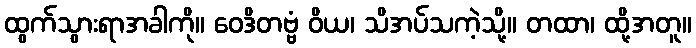
ထွက်သွားရာအခါကို။ ဝေဒိတဗ္ဗံ ဝိယ၊ သိအပ်သကဲ့သို့။ တထာ၊ ထို့အတူ။